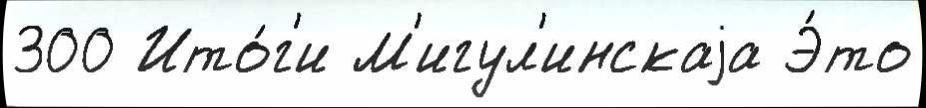
300 Ито́г'и М'игул'инскаjа Э́то